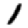
Digit: 1